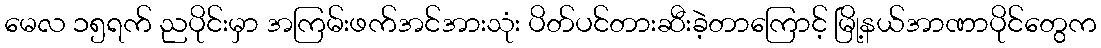
မေလ ၁၅ရက် ညပိုင်းမှာ အကြမ်းဖက်အင်အားသုံး ပိတ်ပင်တားဆီးခဲ့တာကြောင့် မြို့နယ်အာဏာပိုင်တွေက